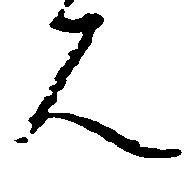
人